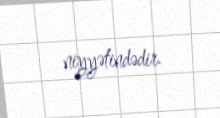
niyyətindədir.